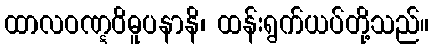
ထာလဝဏ္ဋဝိဓူပနာနိ၊ ထန်းရွက်ယပ်တို့သည်။